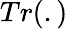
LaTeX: Tr(.)